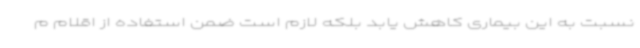
نسبت به این بیماری کاهش یابد بلکه لازم است ضمن استفاده از اقلام م